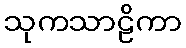
သုကသာဠိကာ